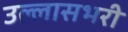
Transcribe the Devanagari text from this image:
उल्लासभरी